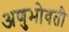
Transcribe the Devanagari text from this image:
अणुभोवती